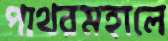
পাথরমহালে